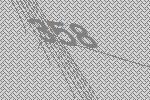
358